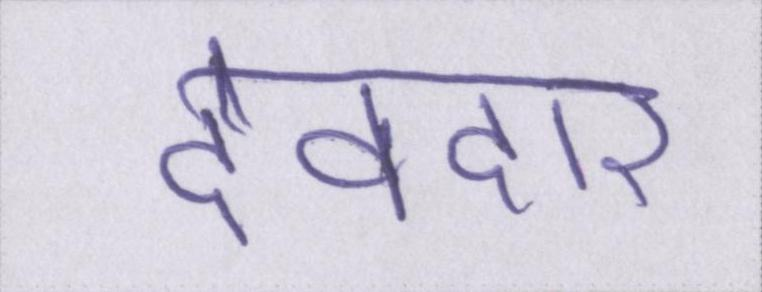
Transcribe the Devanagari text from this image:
देवदार